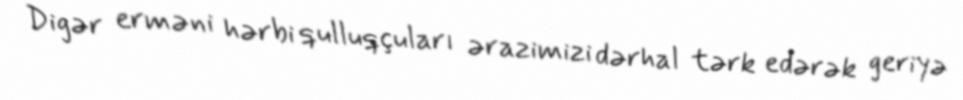
Digər erməni hərbi qulluqçuları ərazimizi dərhal tərk edərək geriyə